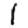
Digit: 1